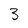
Character: 3